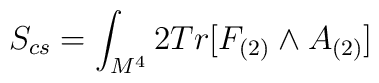
S_{cs} = \int_{M^{4}} 2Tr[ F_{(2)} \wedge A_{(2)}]